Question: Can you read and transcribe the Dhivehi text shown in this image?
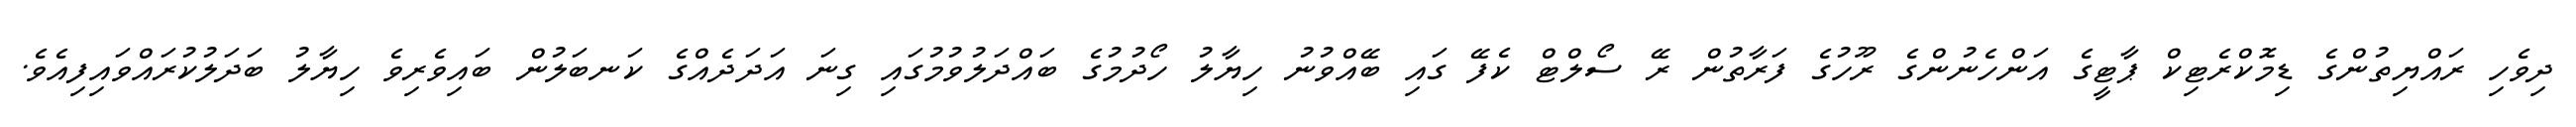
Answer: ދިވެހި ރައްޔިތުންގެ ޑިމޮކްރެޓިކް ޕާޓީގެ އަންހެނުންގެ ރޫހުގެ ފަރާތުން ރޭ ސޯލްޓް ކެފޭ ގައި ބޭއްވުނު ހިޔާލު ހޯދުމުގެ ބައްދަލުވުމުގައި ގިނަ އަދަދެއްގެ ކަނބަލުން ބައިވެރިވެ ހިޔާލު ބަދަލުކުރައްވައިފިއެވެ.